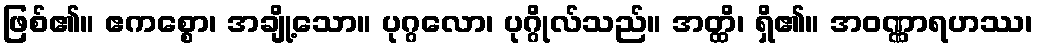
ဖြစ်၏။ ဧကစ္စော၊ အချို့သော။ ပုဂ္ဂလော၊ ပုဂ္ဂိုလ်သည်။ အတ္ထိ၊ ရှိ၏။ အဝဏ္ဏာရဟဿ၊